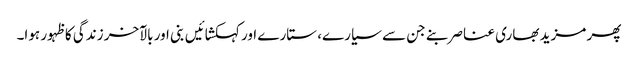
پھر مزید بھاری عناصر بنے جن سے سیارے، ستارے اور کہکشائیں بنی اور بالآخر زندگی کا ظہور ہوا۔